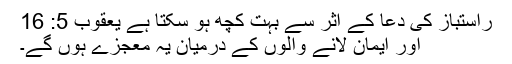
راستباز کی دُعا کے اثر سے بہُت کُچھ ہو سکتا ہے یعقُوب 5: 16
اور اِیمان لانے والوں کے درمیان یہ مُعجِزے ہوں گے۔